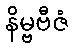
နိမ္ဗဗီဇံ